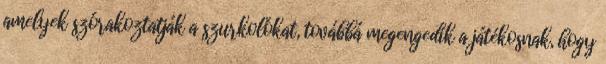
amelyek szórakoztatják a szurkolókat, továbbá megengedik a játékosnak, hogy